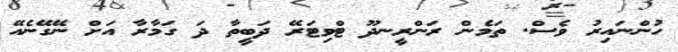
ހުންނައިރު ވެސް. ތަމެން ރަންރީނދޫ ޓްވިޓަރޭ ދަބީތާ ދަ ގަމާރާ އަށް ނޭގޭނެއޭ